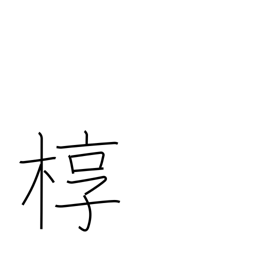
Meaning: outer box for a coffin